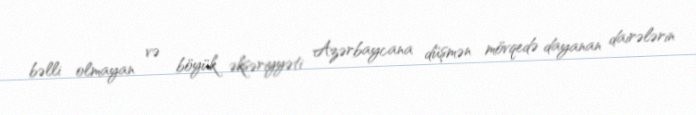
bəlli olmayan və böyük əksəriyyəti Azərbaycana düşmən mövqedə dayanan dairələrin